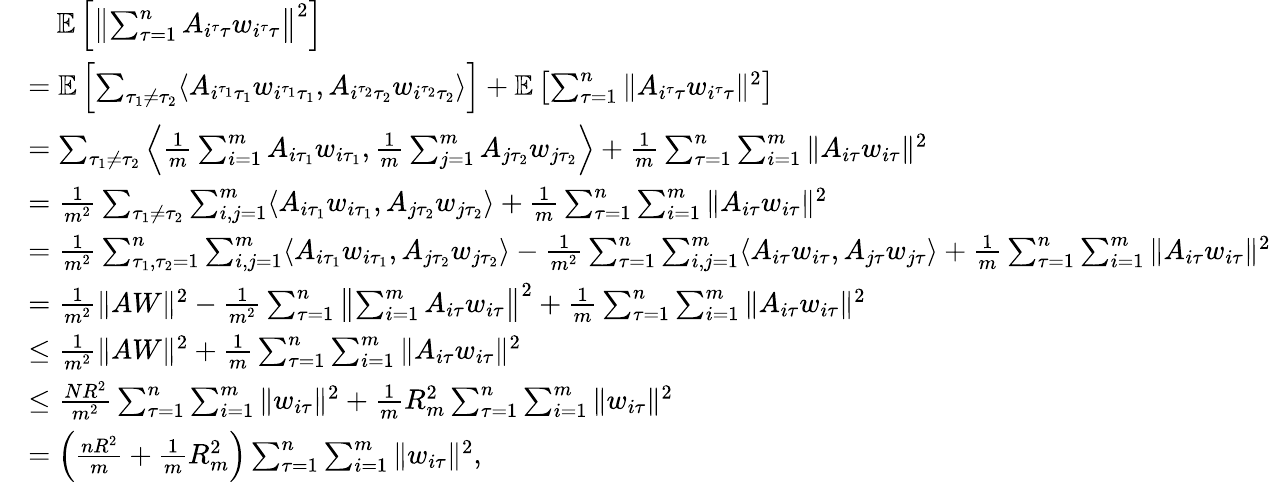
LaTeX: \begin{array}{rl}&{\quad\mathbb{E}\left[\left\| \sum_{\tau=1}^{n}A_{i^{\tau}\tau}w_{i^{\tau}\tau}\right\| ^{2}\right]}\\ &{=\mathbb{E}\left[\sum_{\tau_{1}\neq\tau_{2}}\langle A_{i^{\tau_{1}}\tau_{1}}w_{i^{\tau_{1}}\tau_{1}},A_{i^{\tau_{2}}\tau_{2}}w_{i^{\tau_{2}}\tau_{2}}\rangle\right]+\mathbb{E}\left[\sum_{\tau=1}^{n}\| A_{i^{\tau}\tau}w_{i^{\tau}\tau}\| ^{2}\right]}\\ &{=\sum_{\tau_{1}\neq\tau_{2}}\left\langle\frac{1}{m}\sum_{i=1}^{m}A_{i\tau_{1}}w_{i\tau_{1}},\frac{1}{m}\sum_{j=1}^{m}A_{j\tau_{2}}w_{j\tau_{2}}\right\rangle+\frac{1}{m}\sum_{\tau=1}^{n}\sum_{i=1}^{m}\| A_{i\tau}w_{i\tau}\| ^{2}}\\ &{=\frac{1}{m^{2}}\sum_{\tau_{1}\neq\tau_{2}}\sum_{i,j=1}^{m}\langle A_{i\tau_{1}}w_{i\tau_{1}},A_{j\tau_{2}}w_{j\tau_{2}}\rangle+\frac{1}{m}\sum_{\tau=1}^{n}\sum_{i=1}^{m}\| A_{i\tau}w_{i\tau}\| ^{2}}\\ &{=\frac{1}{m^{2}}\sum_{\tau_{1},\tau_{2}=1}^{n}\sum_{i,j=1}^{m}\langle A_{i\tau_{1}}w_{i\tau_{1}},A_{j\tau_{2}}w_{j\tau_{2}}\rangle-\frac{1}{m^{2}}\sum_{\tau=1}^{n}\sum_{i,j=1}^{m}\langle A_{i\tau}w_{i\tau},A_{j\tau}w_{j\tau}\rangle+\frac{1}{m}\sum_{\tau=1}^{n}\sum_{i=1}^{m}\| A_{i\tau}w_{i\tau}\| ^{2}}\\ &{=\frac{1}{m^{2}}\| AW\| ^{2}-\frac{1}{m^{2}}\sum_{\tau=1}^{n}\left\| \sum_{i=1}^{m}A_{i\tau}w_{i\tau}\right\| ^{2}+\frac{1}{m}\sum_{\tau=1}^{n}\sum_{i=1}^{m}\| A_{i\tau}w_{i\tau}\| ^{2}}\\ &{\leq\frac{1}{m^{2}}\| AW\| ^{2}+\frac{1}{m}\sum_{\tau=1}^{n}\sum_{i=1}^{m}\| A_{i\tau}w_{i\tau}\| ^{2}}\\ &{\leq\frac{NR^{2}}{m^{2}}\sum_{\tau=1}^{n}\sum_{i=1}^{m}\| w_{i\tau}\| ^{2}+\frac{1}{m}R_{m}^{2}\sum_{\tau=1}^{n}\sum_{i=1}^{m}\| w_{i\tau}\| ^{2}}\\ &{=\left(\frac{nR^{2}}{m}+\frac{1}{m}R_{m}^{2}\right)\sum_{\tau=1}^{n}\sum_{i=1}^{m}\| w_{i\tau}\| ^{2},}\end{array}